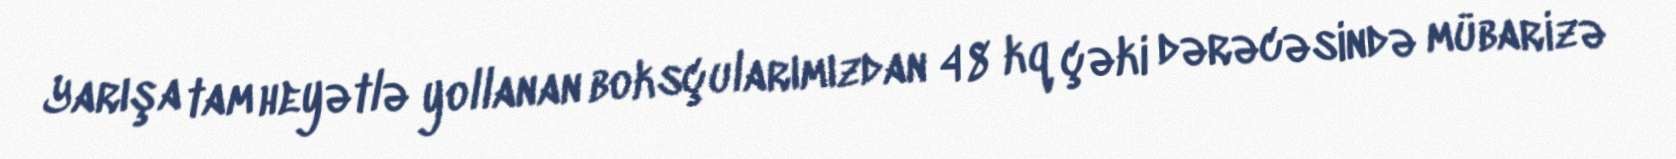
Yarışa tam heyətlə yollanan boksçularımızdan 48 kq çəki dərəcəsində mübarizə